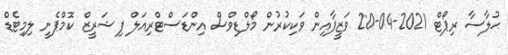
ޙުލާސާ ރިޕޯޓް 2021-04-20 ވަޒީފާއިން ވަކިކުރުން މޯލްޑިވްސް އިންޑަސްޓްރިއަލް ފިޝަރީޒް ކޮމްޕެނީ ލިމިޓެޑް